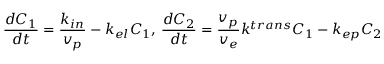
\frac { d C _ { 1 } } { d t } = \frac { k _ { i n } } { v _ { p } } - k _ { e l } C _ { 1 } , \, \frac { d C _ { 2 } } { d t } = \frac { v _ { p } } { v _ { e } } k ^ { t r a n s } C _ { 1 } - k _ { e p } C _ { 2 }